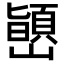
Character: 𫶞